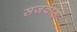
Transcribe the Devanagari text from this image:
सजवाड़ा